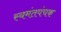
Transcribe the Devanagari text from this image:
स्यमंतपंचक